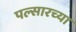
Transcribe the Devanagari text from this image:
पल्सारच्या